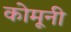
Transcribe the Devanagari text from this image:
कोमूनी